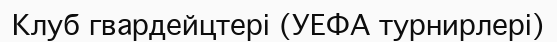
Клуб гвардейцтері (УЕФА турнирлері)